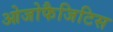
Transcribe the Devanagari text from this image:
ओजोफैजिटिस